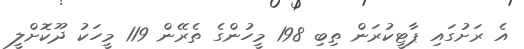
އެ ރަށުގައި ޕާޓީކުރަން ތިބި 198 މީހުންގެ ތެރޭން 119 މީހަކު ދޫކޮށްލީ